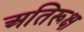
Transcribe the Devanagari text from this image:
अतिरूक्ष